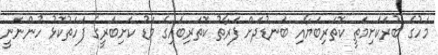
މަހުގެ ބުރަކަށިމަތީ ކޮތަރިބަޔާއި ބަނޑުދަށް ފަރާތު ކޮތަރިބައިގެ މަޑު ކަށިބަރީގެ ފަހަތުކޮޅު ހުންނަނީ